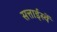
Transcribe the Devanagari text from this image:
सत्ताईस्वें